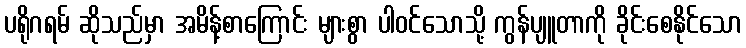
ပရိုဂရမ် ဆိုသည်မှာ အမိန့်စာကြောင်း များစွာ ပါဝင်သောသို့ ကွန်ပျူတာကို ခိုင်းစေနိုင်သော